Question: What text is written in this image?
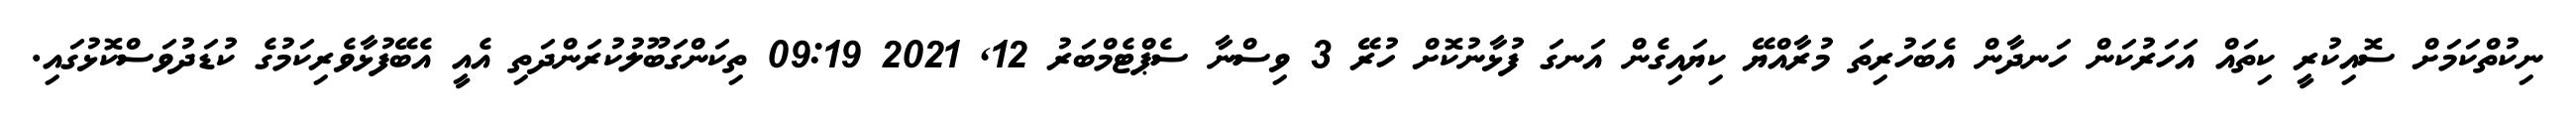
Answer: ނިކުތްކަމަށް ސޮއިކުރީ ކިތައް އަހަރުކަން ހަނދާން އެބަހުރިތަ މުރާއްޔޭ ކިޔައިގެން އަނގަ ފުޅާނުކޮށް ހުރޭ 3 ވިސްނާ ސެޕްޓެމްބަރު 12, 2021 09:19 ތިކަންގަބޫލުކުރަންދަތި އެއީ އެބޭފުޅާވެރިކަމުގެ ކުޑަދުވަސްކޮޅުގައި.